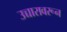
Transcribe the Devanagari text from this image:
उच्चारावरून